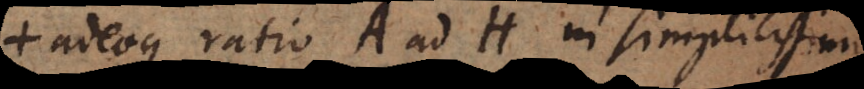
adeoque ratio A ad H in simplicissimis